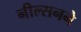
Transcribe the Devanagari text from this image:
नील्सनने